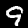
Label: 9